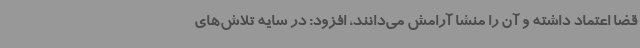
قضا اعتماد داشته و آن را منشا آرامش می‌دانند، افزود: در سایه تلاش‌های